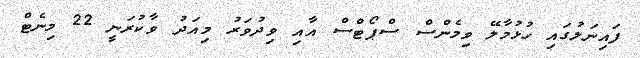
ފައިނަލުގައި ހުޅުމާލޭ ވިމެންސް ސްޕޯޓްސް އާއި ވިދުވަރު މިއަދު ވާކުރަނީ 22 މިނެޓް